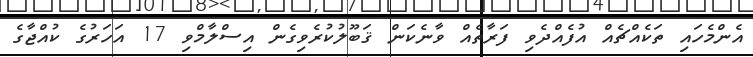
އެންމެހައި ތަކެއްޗެއް އުފެއްދެވި ފަރާތެއް ވާނެކަން ޤަބޫލުކުރެވިގެން އިސްލާމްވި 17 އަހަރުގެ ކުއްޖާގެ